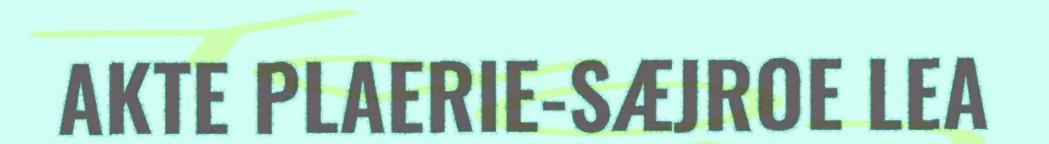
AKTE PLAERIE-SÆJROE LEA